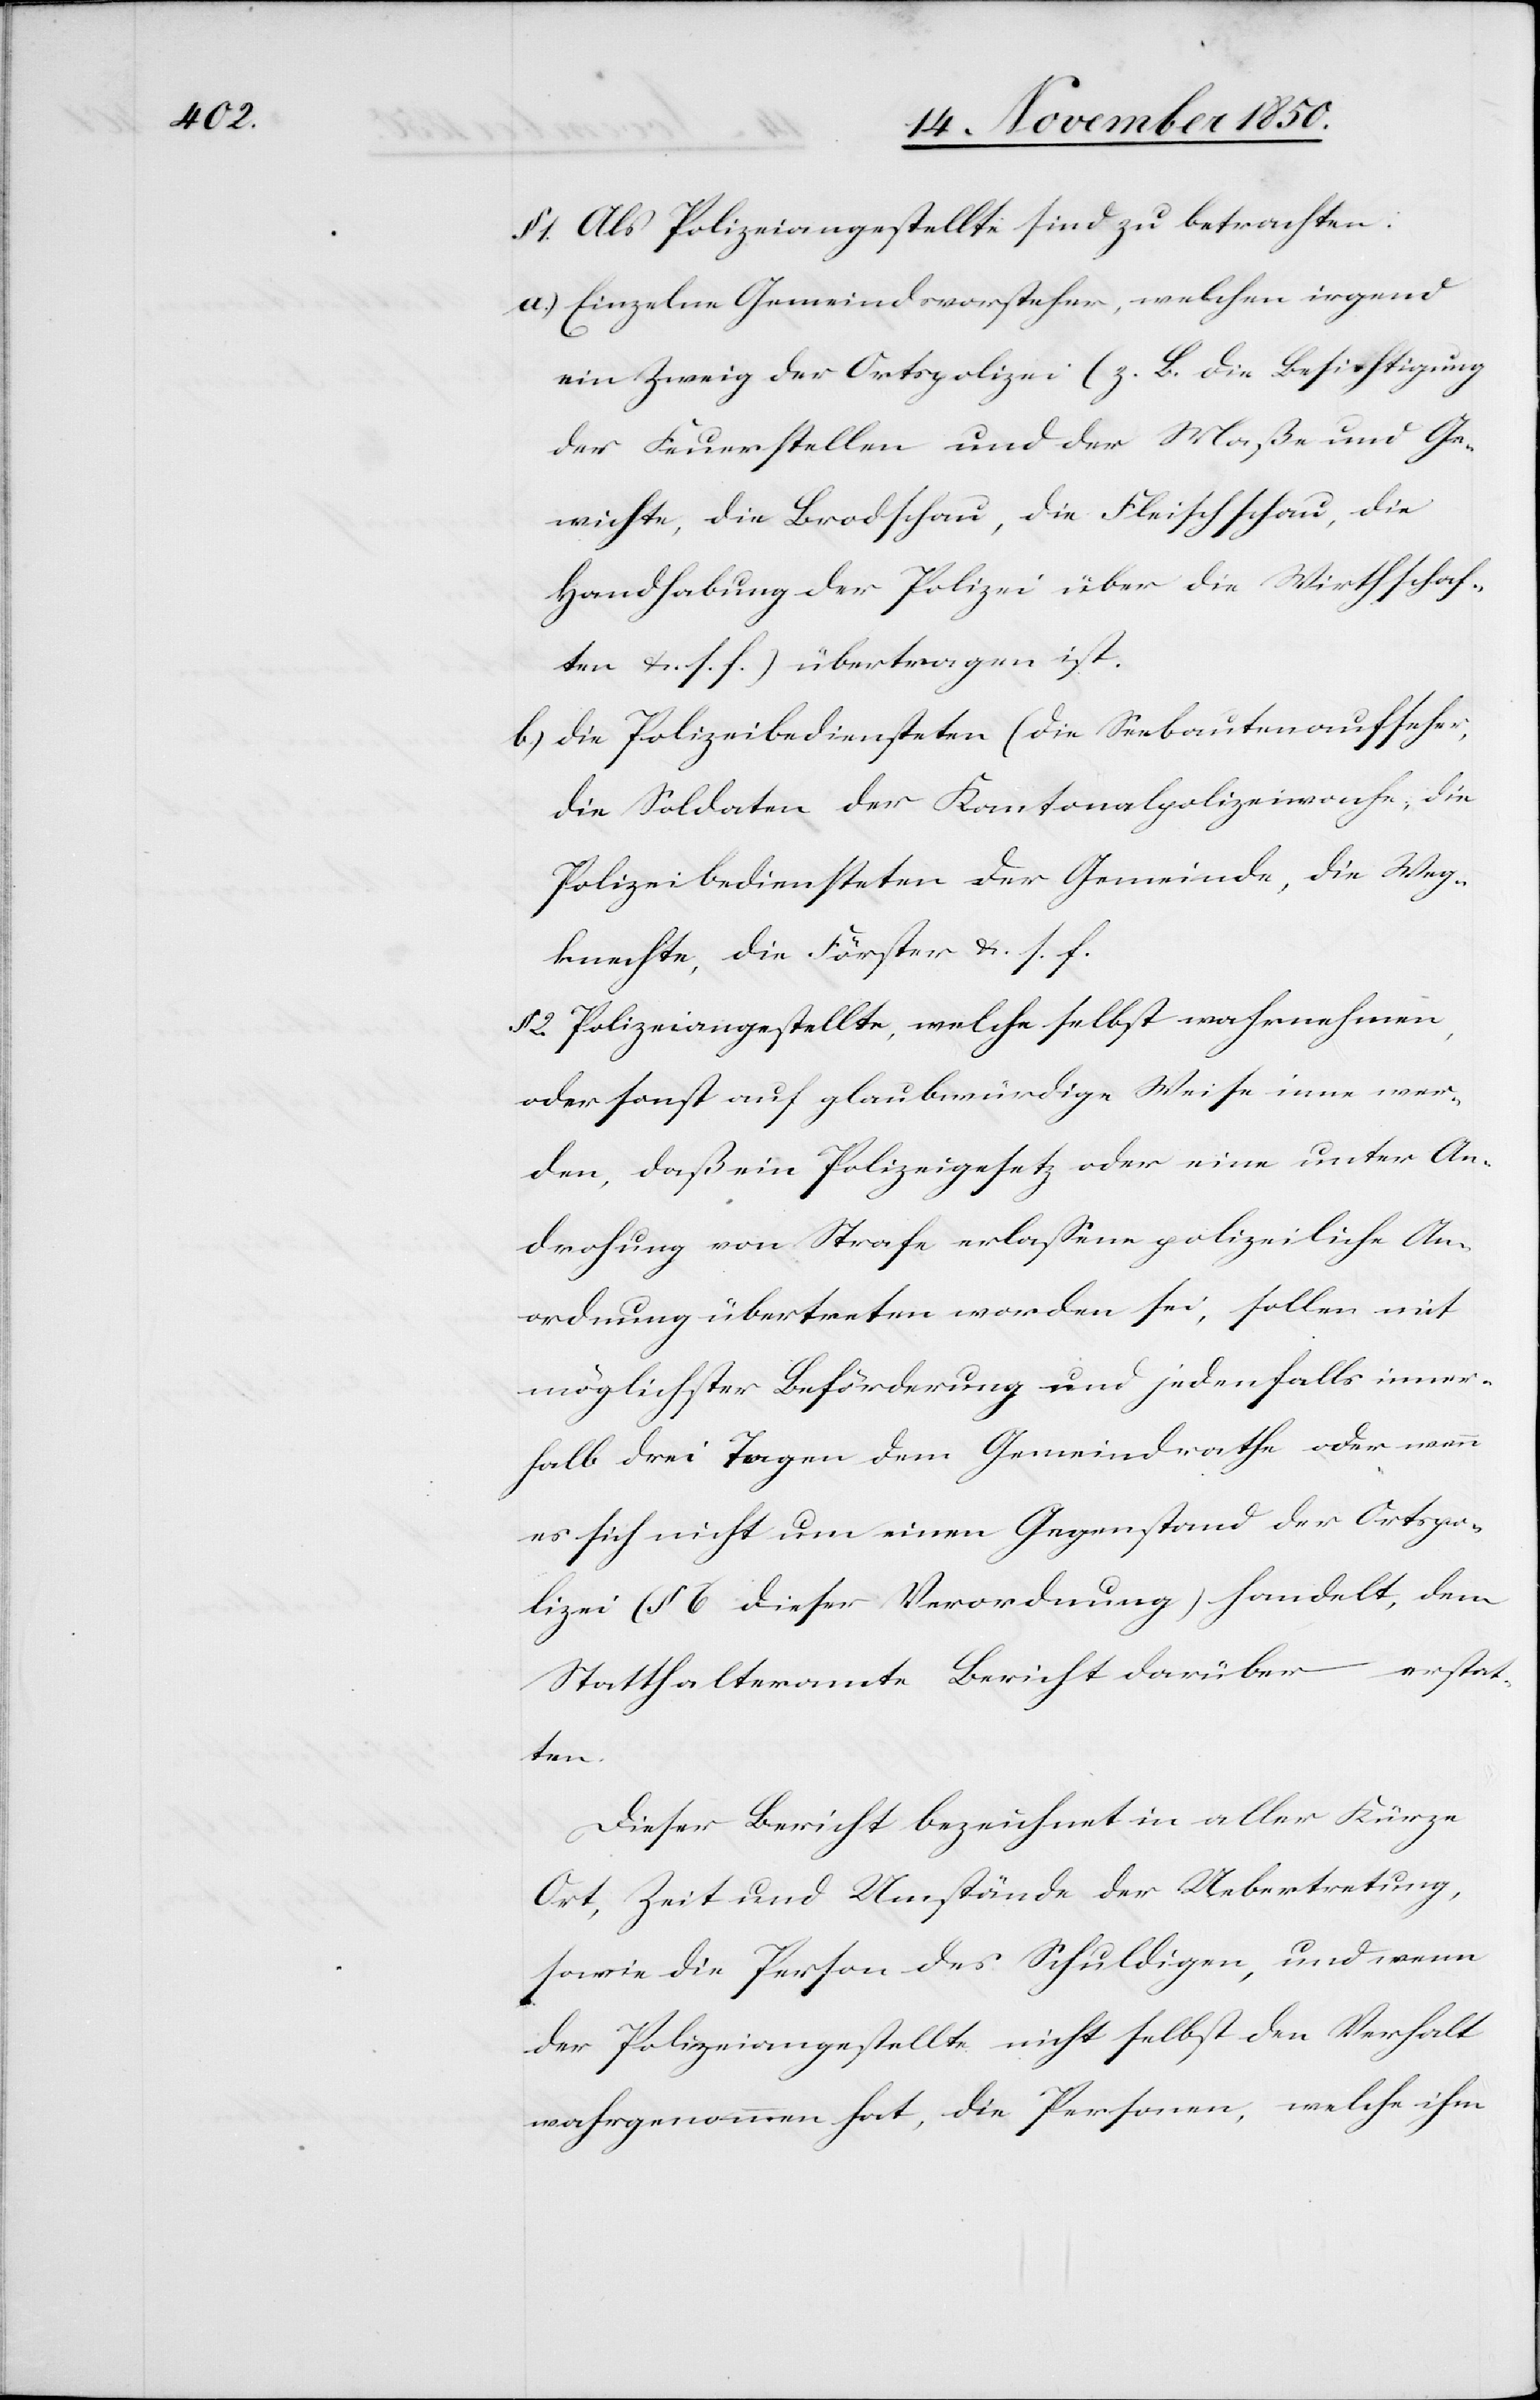
§ 1. Als Polizeiangestellte sind zu betrachten:
a.) Einzelne Gemeindsvorsteher, welchen irgend
ein Zweig der Ortspolizei (z. B. die Besichtigung
der Feuerstellen und der Maße und Ge¬
wichte, die Brodschau, die Fleischschau, die
Handhabung der Polizei über die Wirthschaf¬
ten u. s. f.) übertragen ist.
b.) Die Polizeibediensteten (die Seebautenaufseher,
die Soldaten der Kantonalpolizeiwache, die
Polizeibediensteten der Gemeinde, die Weg¬
knechte, die Förster u. s. f.[)]
§ 2. Polizeiangestellte, welche selbst wahrnehmen,
oder sonst auf glaubwürdige Weise inne wer¬
den, daß ein Polizeigesetz oder eine unter An¬
drohung von Strafe erlassene polizeiliche An¬
ordnung übertreten worden sei, sollen mit
möglichster Beförderung und jedenfalls inner¬
halb drei Tagen dem Gemeindrathe oder wenn
es sich nicht um einen Gegenstand der Ortspo¬
lizei (§ 6 dieser Verordnung) handelt, dem
erstat¬
Statthalteramte Bericht darüber
ten.
Dieser Bericht bezeichnet in aller Kürze
Ort, Zeit und Umstände der Uebertretung,
sowie die Person des Schuldigen, und wenn
der Polizeiangestellte nicht selbst den Verhalt
wahrgenommen hat, die Personen, welche ihm